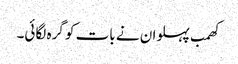
کھمب پہلوان نے بات کو گرہ لگائی۔